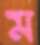
ম